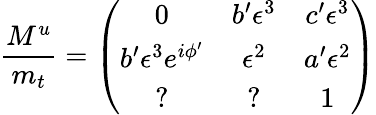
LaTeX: \frac{M^{u}}{m_{t}}=\left(\begin{array}{ccc}{{0}}&{{b^{\prime}\epsilon^{3}}}&{{c^{\prime}\epsilon^{3}}}\\ {{b^{\prime}\epsilon^{3}e^{i\phi^{\prime}}}}&{{\epsilon^{2}}}&{{a^{\prime}\epsilon^{2}}}\\ {{?}}&{{?}}&{{1}}\end{array}\right)